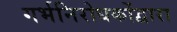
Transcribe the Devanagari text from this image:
गर्भनिरोधकोंद्वारा